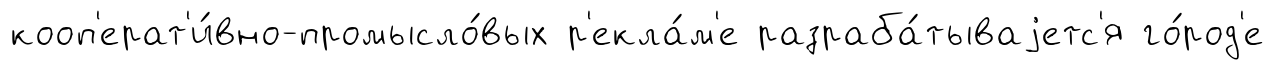
кооп'ерат'и́вно-промысло́вых р'екла́м'е разраба́тываjетс'я го́род'е